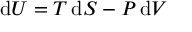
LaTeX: \mathrm { d } U = T \, \mathrm { d } S - P \, \mathrm { d } V